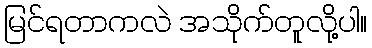
မြင်ရတာကလဲ အသိုက်တူလို့ပါ။